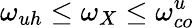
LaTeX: \omega_{uh}\leq\omega_{X}\leq\omega_{co}^{u}